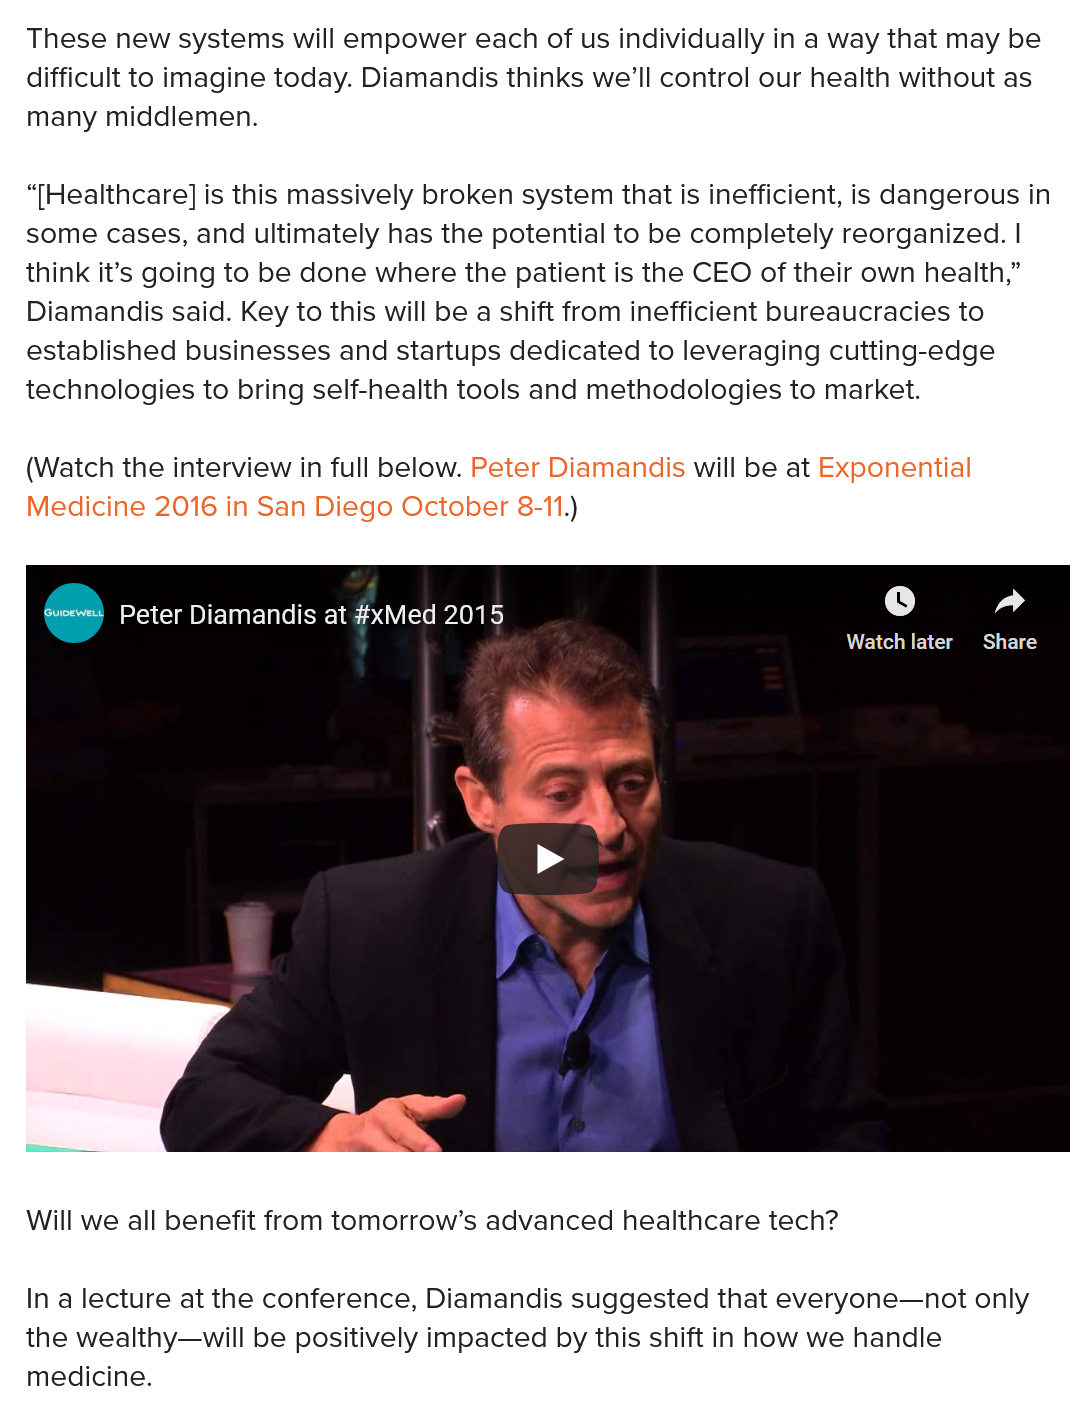
These  new systems will empower each of us individually in a way that may be
  difficult to imagine today. Diamandis thinks we’ll control our health without as
  many  middlemen.
  “[Healthcare] is this massively broken system that is inefficient, is dangerous in
  some cases, and ultimately has the potential to be completely reorganized. |
  think it’s going to be done where the patient is the CEO of their own health,”
  Diamandis  said. Key to this will be a shift from inefficient bureaucracies to
  established businesses and startups dedicated to leveraging cutting-edge
  technologies to bring self-health tools and methodologies to market.
  (Watch the interview in full below. Peter Diamandis will be at Exponential
  Medicine 2016 in San Diego October 8-11.)
    a    Peter Diamandis at #xMed 2015
     A    ‘ad
     Dek
     Peter Diamandis at #xMed 2015
  Will we all benefit from tomorrow’s advanced healthcare tech?
  In a lecture at the conference, Diamandis suggested that everyone—not only
  the wealthy—will be positively impacted by this shift in how we handle
  medicine.